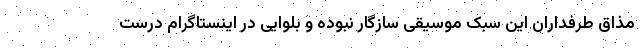
مذاق طرفداران این سبک موسیقی سازگار نبوده و بلوایی در اینستاگرام درست